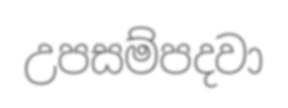
උපසම්පදවා